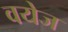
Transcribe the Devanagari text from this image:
वयेज